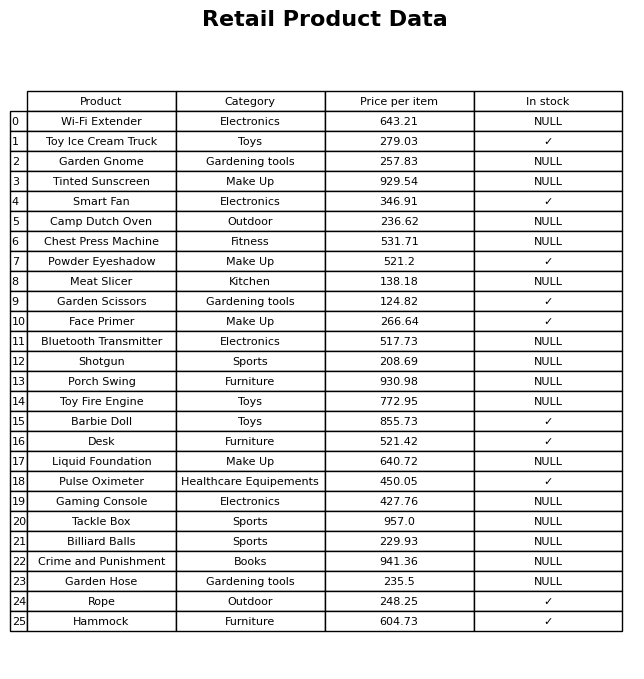
question: What is the price for Bluetooth Transmitter?
answer: The price of Bluetooth Transmitter is 517.73.